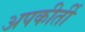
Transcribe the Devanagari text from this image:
अपकीर्ती